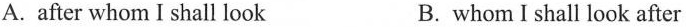
A. after whom I shall look B. whom I shall look after